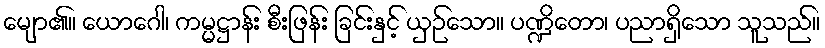
မျော၏။ ယောဂေါ၊ ကမ္မဋ္ဌာန်း စီးဖြန်း ခြင်းနှင့် ယှဉ်သော။ ပဏ္ဍိတော၊ ပညာရှိသော သူသည်။